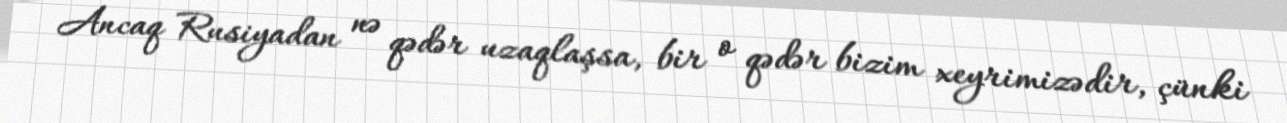
Ancaq Rusiyadan nə qədər uzaqlaşsa, bir o qədər bizim xeyrimizədir, çünki